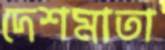
দেশমাতা